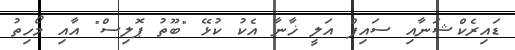
ޑައިރެކްޝަނާއި ސައިފް އަލީ ޚާނާ އެކު ކުޅޭ "ބޫތު ޕޮލިސް" އާއި މޯހިތު